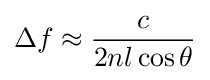
\Delta f\approx {\frac {c}{2nl\cos \theta }}